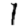
Digit: 1